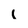
Character: l